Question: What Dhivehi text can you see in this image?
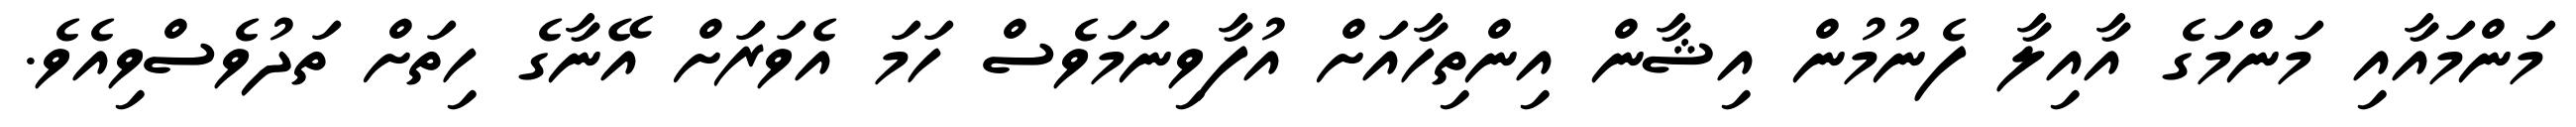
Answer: މަންމައާއި މަންމަގެ އާއިލާ ފެނުމުން އިޝާން އިންތިހާއަށް އުފާވިނަމަވެސް ހަމަ އެވަރަށް އޭނާގެ ހިތަށް ތަދުވެސްވިއެވެ.